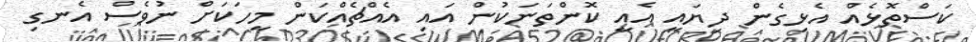
ކަސްތޮޅެއް އެޅިގެން ދިޔައީ އެއީ ކޮންތަނަކުން އައި އެއްޗެއްކަން މީހަކަށް ނުވެސް އެނގި